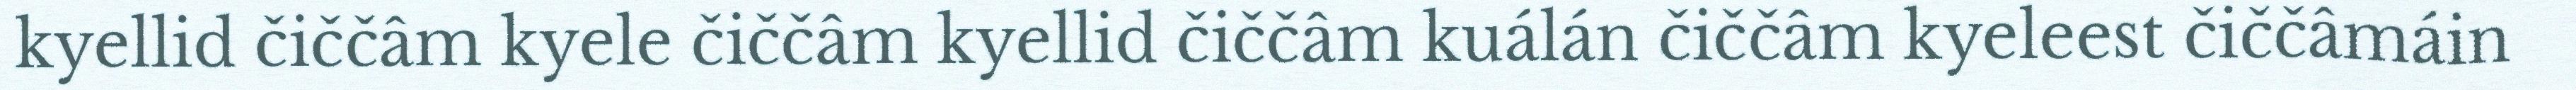
kyellid čiččâm kyele čiččâm kyellid čiččâm kuálán čiččâm kyeleest čiččâmáin